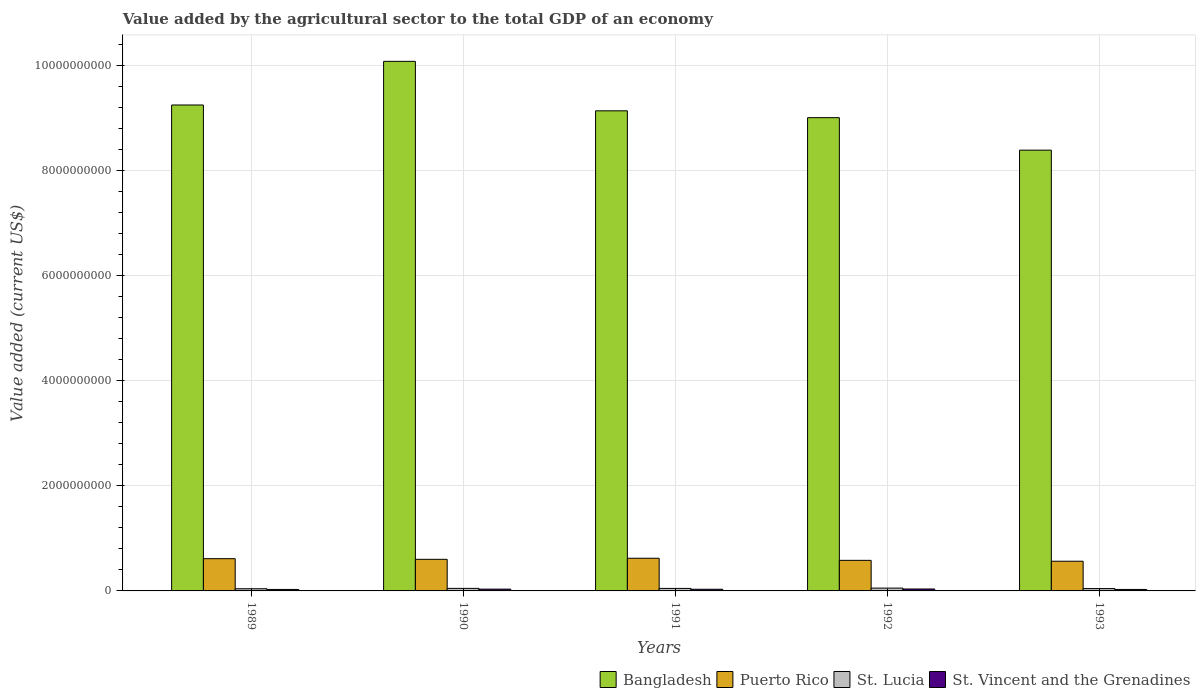
| Years | Bangladesh | Puerto Rico | St. Lucia | St. Vincent and the Grenadines |
 | --- | --- | --- | --- | --- |
 | 1989 | 9.24e+09 | 6.13e+08 | 4.16e+07 | 2.8e+07 |
 | 1990 | 1.01e+10 | 6.01e+08 | 4.84e+07 | 3.41e+07 |
 | 1991 | 9.13e+09 | 6.22e+08 | 4.76e+07 | 3.18e+07 |
 | 1992 | 9e+09 | 5.82e+08 | 5.37e+07 | 3.68e+07 |
 | 1993 | 8.38e+09 | 5.65e+08 | 4.47e+07 | 2.8e+07 |